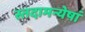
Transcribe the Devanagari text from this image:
स्तदामन्येषां